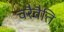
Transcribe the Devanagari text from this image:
चरैवैति